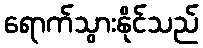
ရောက်သွားနိုင်သည်